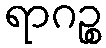
ရာဂဉ္စ